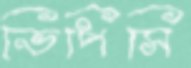
ভিপিসি